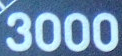
3000